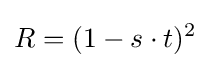
R=(1-s\cdot t)^{2}